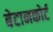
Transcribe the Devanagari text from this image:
बेटानकोर्ट